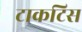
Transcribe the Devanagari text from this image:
टाकटिस